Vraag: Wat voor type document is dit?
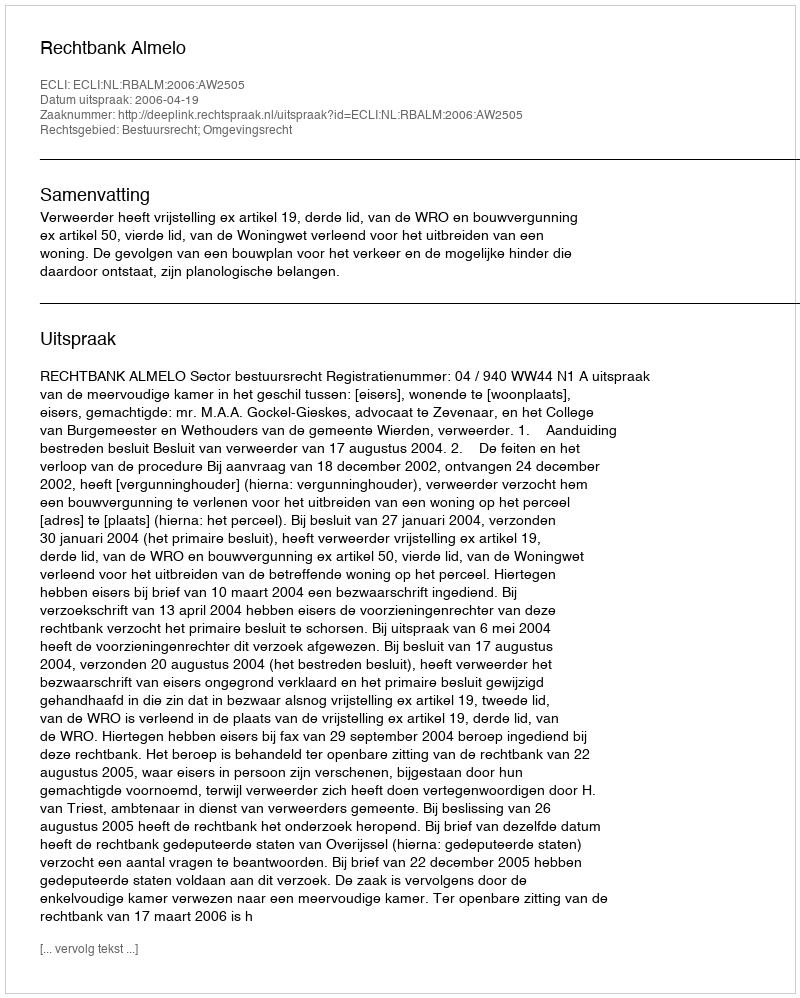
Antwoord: Uitspraak